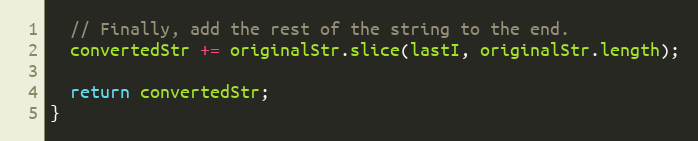
Language: JavaScript
  // Finally, add the rest of the string to the end.
  convertedStr += originalStr.slice(lastI, originalStr.length);

  return convertedStr;
}